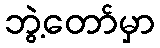
ဘွဲ့တော်မှာ